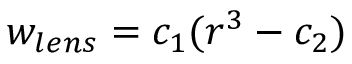
w _ { l e n s } = c _ { 1 } ( r ^ { 3 } - c _ { 2 } )